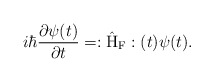
\begin{align*}i \hbar \frac{\partial \psi(t)}{\partial t} =:\hat{\rm H}_{\rm F}:(t) \psi(t) .\end{align*}